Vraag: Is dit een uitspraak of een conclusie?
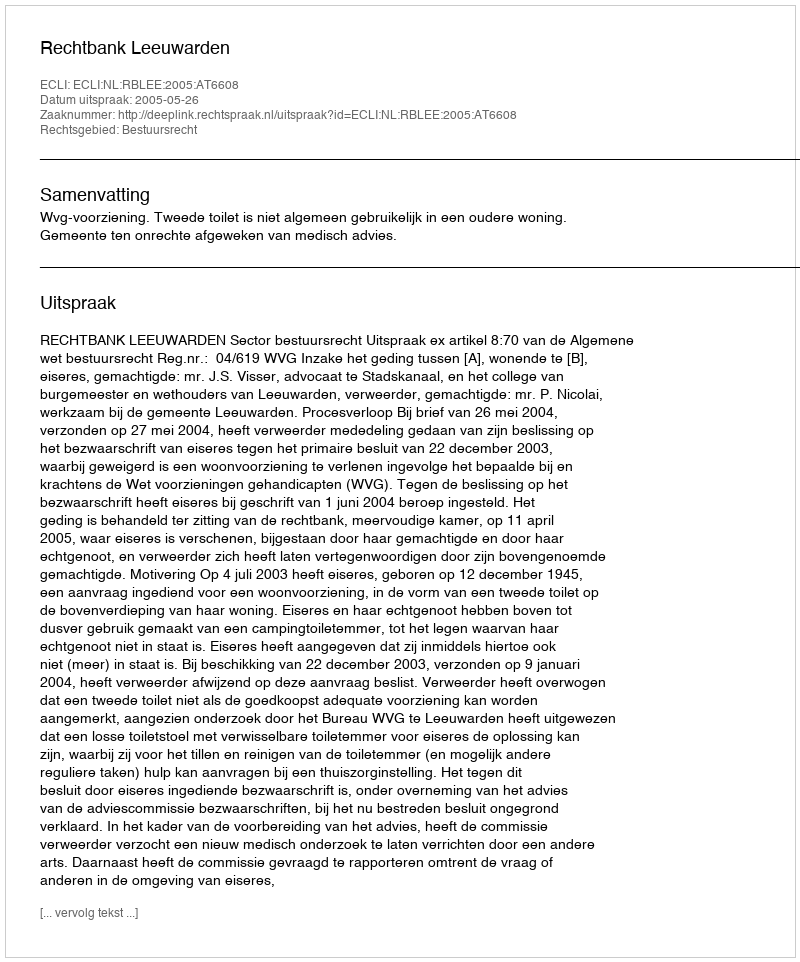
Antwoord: Uitspraak